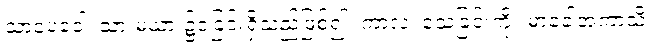
သာပေခေါ၊ သားမယား၌ငဲ့ခြင်းရှိသည်ဖြစ်၍။ ကာလံ၊ သေခြင်းကို။ မာခေါအကာသိ၊